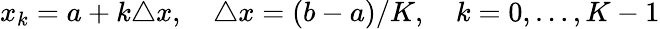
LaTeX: x_{k}=a+k\triangle x,\quad\triangle x=(b-a)/K,\quad k=0,\dots,K-1